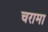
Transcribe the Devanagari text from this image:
चरामा